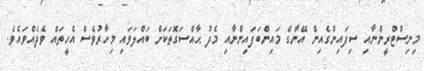
މިނިސްޓްރީންނާއި ސިފައިންގެއިން އޭނާގެ މައިންބަފައިންނާއި މެދު ޙާއްސަގޮތަކަށް ބައްލަވައި މިހާރުވެސް އެހީތައް ވެދެއްވައެވެ.